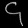
Digit: ၄